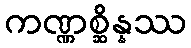
ကဏ္ဏစ္ဆိန္နဿ